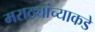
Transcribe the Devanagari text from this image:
मराठ्यांच्याकडे